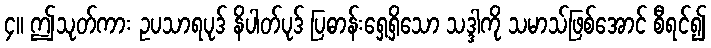
၄။ ဤသုတ်ကား ဥပသာရပုဒ် နိပါတ်ပုဒ် ပြဓာန်းရှေ့ရှိသော သဒ္ဒါကို သမာသ်ဖြစ်အောင် စီရင်၍